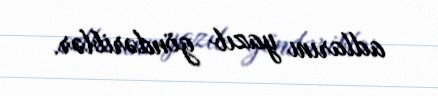
adlarını yazıb göndəriblər.